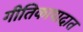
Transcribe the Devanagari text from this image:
गीतिकापादात